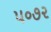
૫૦૭૨